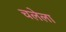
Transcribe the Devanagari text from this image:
चलेला